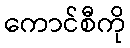
ကောင်စီကို